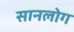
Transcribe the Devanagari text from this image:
सानलोग